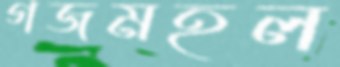
গজমহল